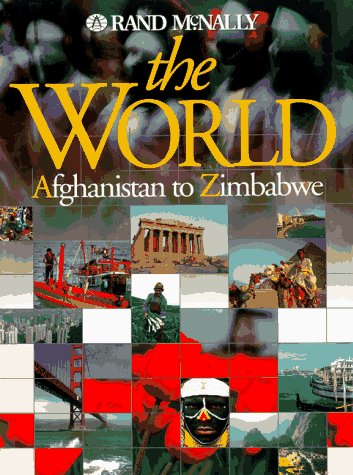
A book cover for The World: Afghanistan to Zimbabwe (Rand McNally); Travel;